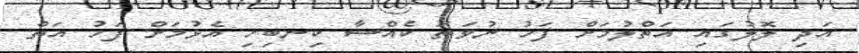
އަދި ލޮލުގައި އަތްލުމަށް ފަހު ނުވަތަ ކެއްސާ ކިނބިހި އެޅުމަށް ފަހު އަތް